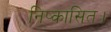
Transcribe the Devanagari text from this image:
निष्कासित।